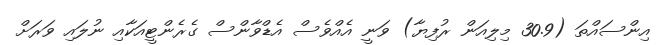
އިންސައްތަ (30.9 މިލިއަން ރުފިޔާ) ވަނީ އެއްވެސް އެޑްވާންސް ގެރެންޓީއަކާއި ނުލައި ވަރަށް